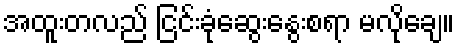
အထူးတလည် ငြင်းခုံဆွေးနွေးစရာ မလိုချေ။